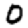
Digit: 0